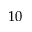
1 0